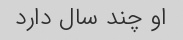
او چند سال دارد